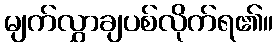
မျက်လွှာချပစ်လိုက်ရ၏။